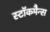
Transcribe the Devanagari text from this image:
स्टॉकमैन्स